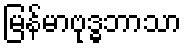
မြန်မာဗုဒ္ဓဘာသာ